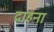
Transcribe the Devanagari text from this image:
दाहना